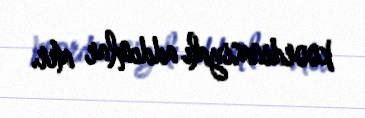
koordinasiyalı addımlar atır.